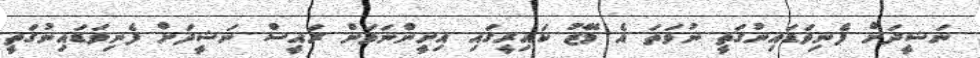
ނަޝީދަށް ފެނިވަޑައިނުގަތީ ނުވަތަ އެ މޭޒު ކައިރީގައި އިށީންނަވަން ރައީސް ނަޝީދަށް ފެނިވަޑައިނުގަތީ